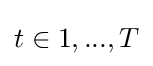
t\in 1,...,T